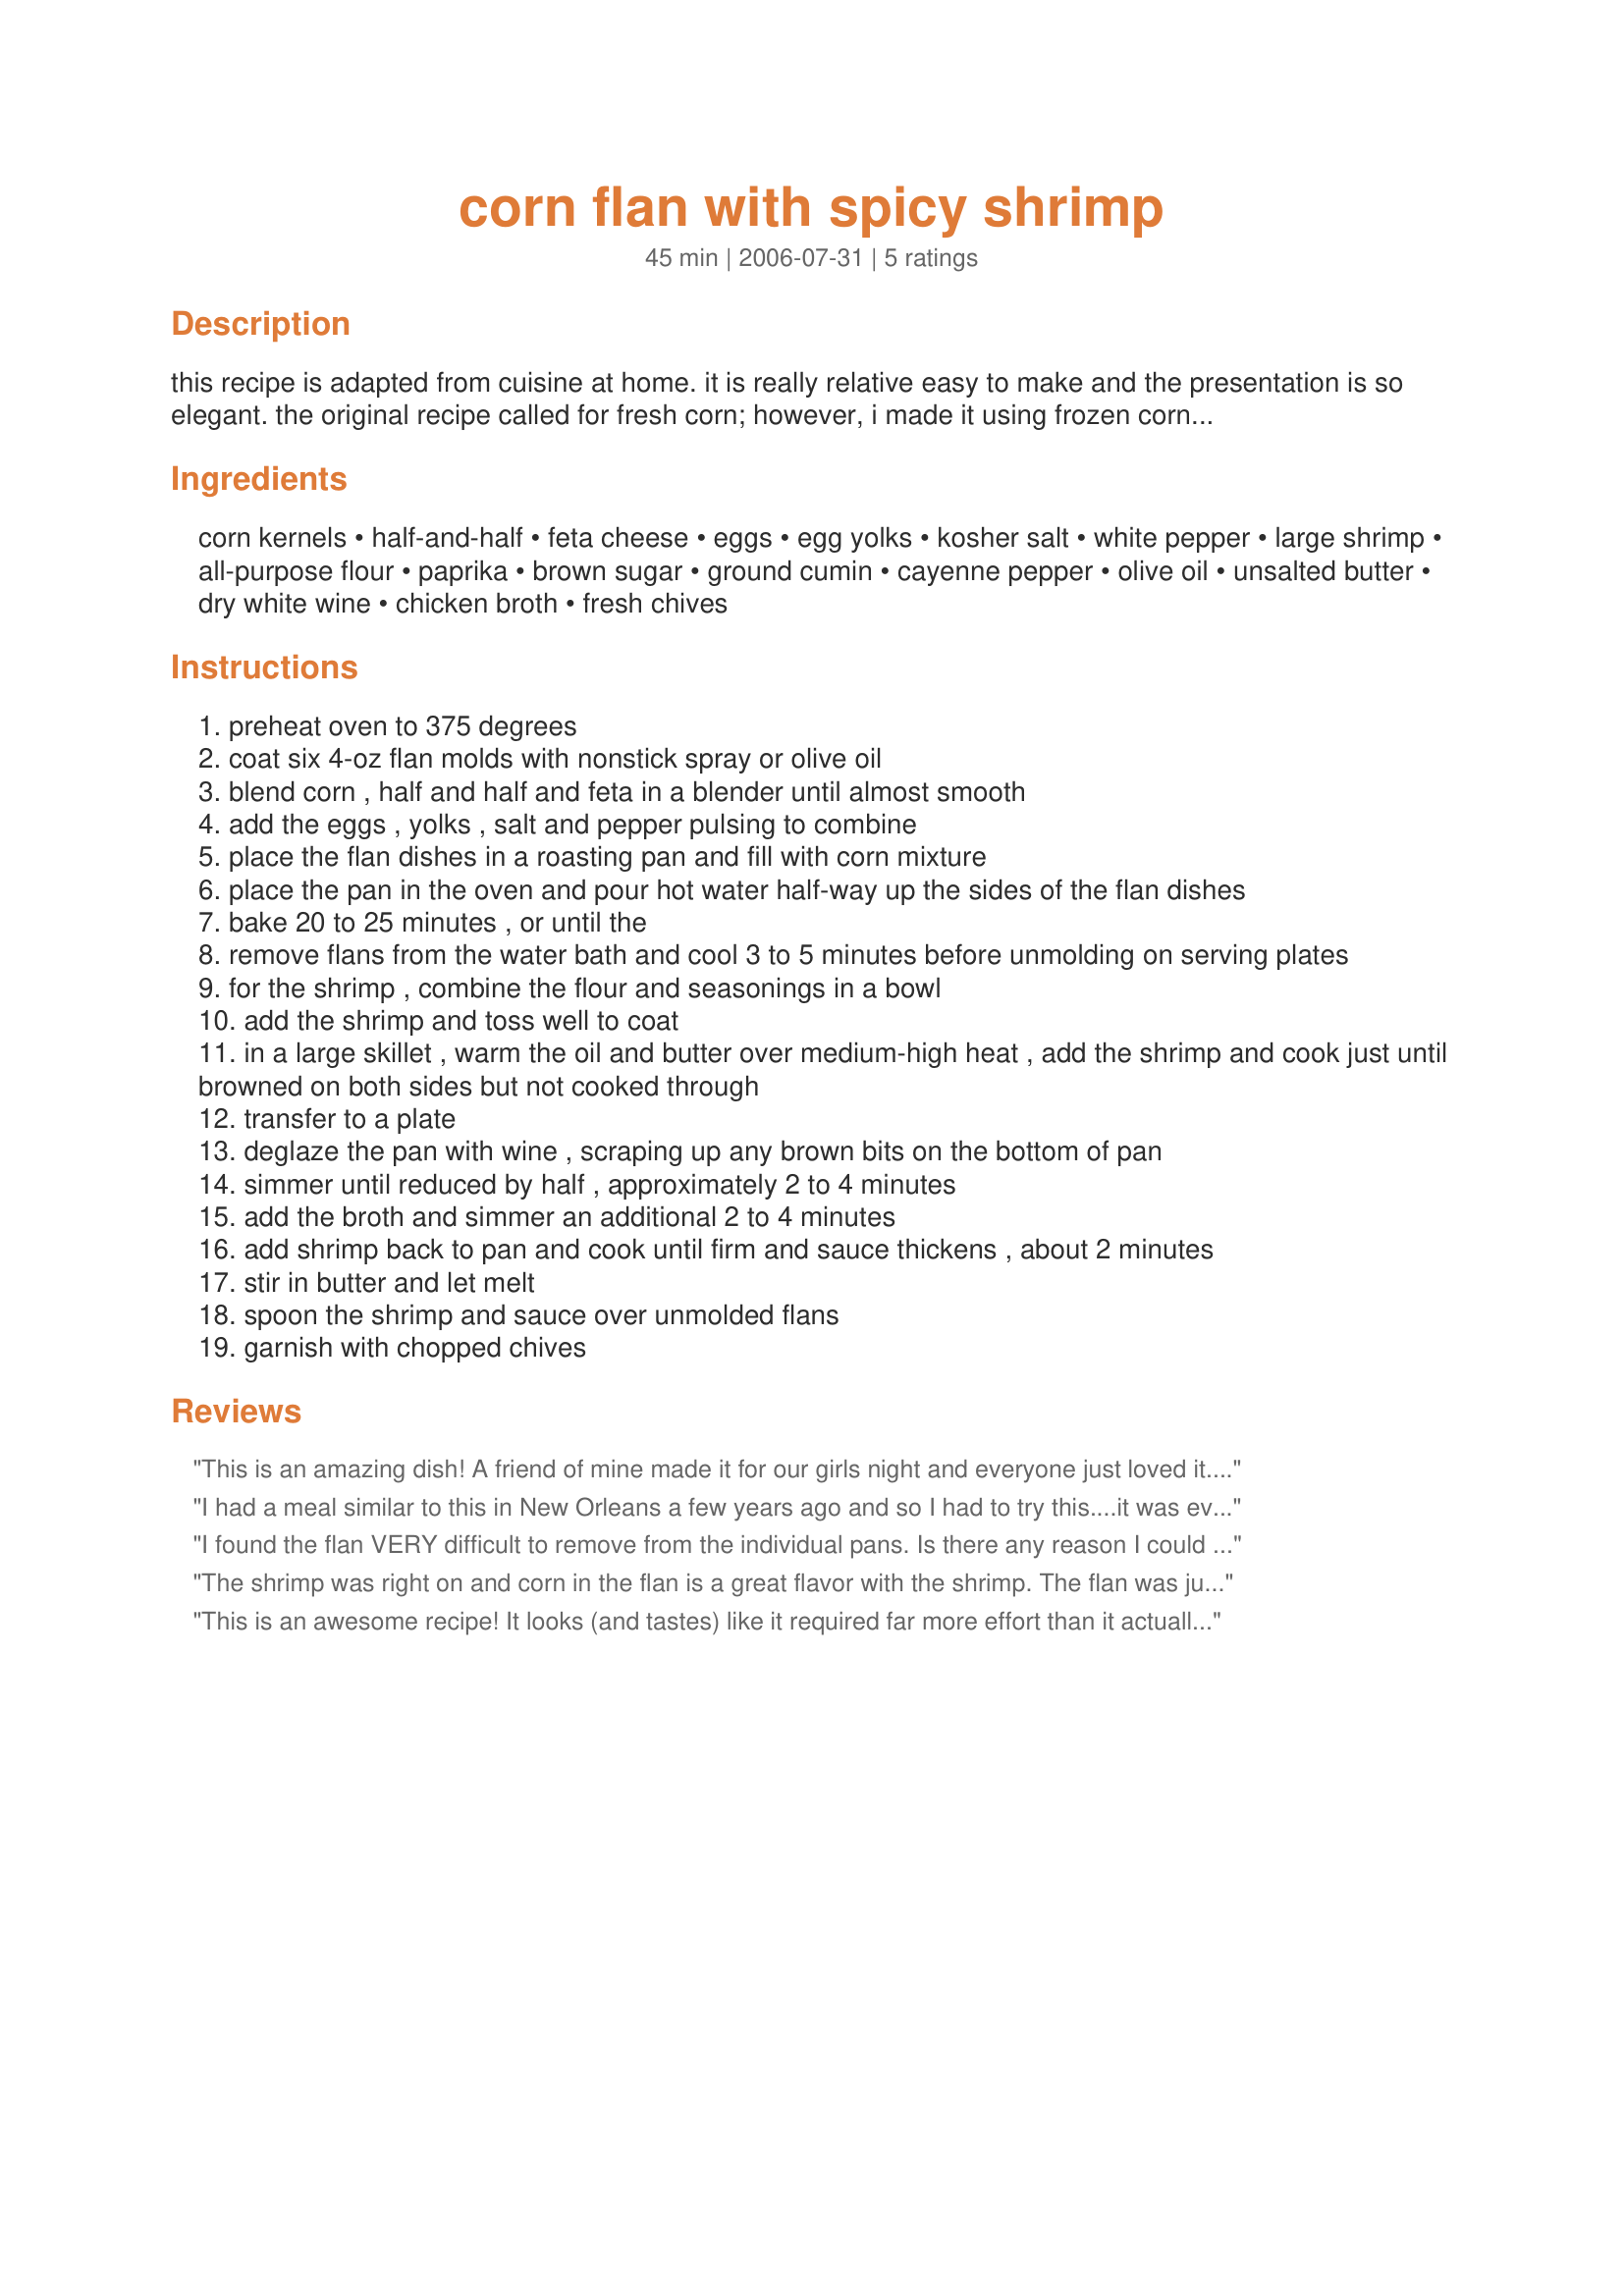
corn flan with spicy shrimp
Preparation time: 45 minutes

this recipe is adapted from cuisine at home. it is really relative easy to make and the presentation is so elegant. the original recipe called for fresh corn; however, i made it using frozen corn that had been defrosted.

Ingredients:
corn kernels, half-and-half, feta cheese, eggs, egg yolks, kosher salt, white pepper, large shrimp, all-purpose flour, paprika, brown sugar, ground cumin, cayenne pepper, olive oil, unsalted butter, dry white wine, chicken broth, fresh chives

Steps:
preheat oven to 375 degrees
coat six 4-oz flan molds with nonstick spray or olive oil
blend corn , half and half and feta in a blender until almost smooth
add the eggs , yolks , salt and pepper pulsing to combine
place the flan dishes in a roasting pan and fill with corn mixture
place the pan in the oven and pour hot water half-way up the sides of the flan dishes
bake 20 to 25 minutes , or until the
remove flans from the water bath and cool 3 to 5 minutes before unmolding on serving plates
for the shrimp , combine the flour and seasonings in a bowl
add the shrimp and toss well to coat
in a large skillet , warm the oil and butter over medium-high heat , add the shrimp and cook just until browned on both sides but not cooked through
transfer to a plate
deglaze the pan with wine , scraping up any brown bits on the bottom of pan
simmer until reduced by half , approximately 2 to 4 minutes
add the broth and simmer an additional 2 to 4 minutes
add shrimp back to pan and cook until firm and sauce thickens , about 2 minutes
stir in butter and let melt
spoon the shrimp and sauce over unmolded flans
garnish with chopped chives

Reviews:
This is an amazing dish! A friend of mine made it for our girls night and everyone just loved it. The presentation is lovely and I cannot wait to make it for guests. 
UPDATE = I made this for a dinner with my folks and they and my husband loved it. It turned out great!!! :)
I had a meal similar to this in New Orleans a few years ago and so I had to try this....it was even better than the one I had at the resterant.

Perfectly delightful and elegant dish also, great for entertaining!
Made for ZWT5
I found the flan VERY difficult to remove from the individual pans. Is there any reason I could use the recipe for one large flan and serve it cut into pie wedges? The taste of the flan is good, the shrimp is great. I used the Cusine recipe.
The shrimp was right on and corn in the flan is a great flavor with the shrimp. The flan was just ok with us. I am definitely going to play around with this and get this to my taste and make this a company dish. Thank you for sharing. I love it when a recipe inspires me to experiment so 5 stars for me.
This is an awesome recipe! It looks (and tastes) like it required far more effort than it actually did. The corn pudding was really good with the cajun-style shrimp (I never would have thought to put the two together!). I'll be making this again. Thanks!
